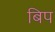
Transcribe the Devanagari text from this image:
बिप